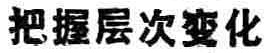
把握层次变化